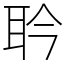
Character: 耹